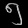
Digit: ၅